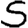
Digit: 5